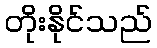
တိုးနိုင်သည်